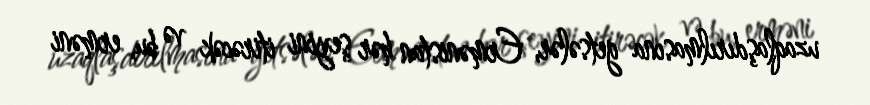
uzaqlaşdırılmasına getsələr, Ermənistan hər şeyini itirəcək və bu, erməni